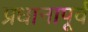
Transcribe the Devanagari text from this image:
प्रधानापूर्व